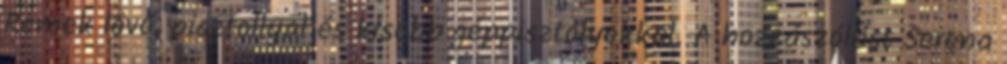
Remek lövő, pisztollyal és kisebb géppisztolyokkal. A hozzászólást Serena